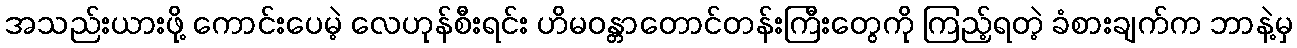
အသည်းယားဖိုု့ ကောင်းပေမဲ့ လေဟုုန်စီးရင်း ဟိမဝန္တာတောင်တန်းကြီးတွေကိုု ကြည့်ရတဲ့ ခံစားချက်က ဘာနဲ့မှ